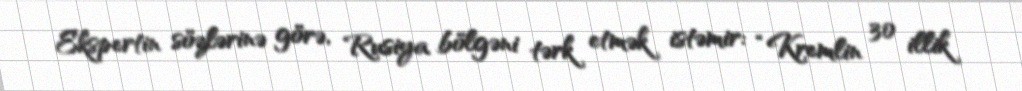
Ekspertin sözlərinə görə, Rusiya bölgəni tərk etmək istəmir: “Kremlin 30 illik